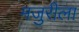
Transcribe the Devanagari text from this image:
मजुरीला